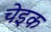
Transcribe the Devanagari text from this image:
चेइक